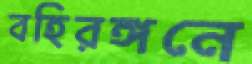
বহিরঙ্গনে